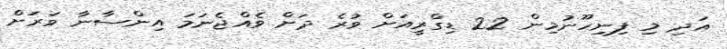
އަދި މި ފިނިހޫނުމިން 22 ޑިގްރީއަށް ވުރެ ދަށް ވެއްޖެނަމަ އިންސާނާ ވަރަށް